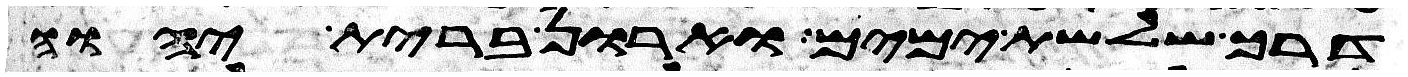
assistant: דרך שלשת ימים וארון ברית יהוה